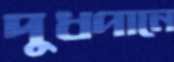
দুধপানে